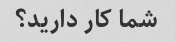
شما کار دارید؟